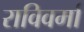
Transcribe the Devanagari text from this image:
राविवर्मा